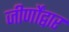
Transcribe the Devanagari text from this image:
जीर्णोंद्वार